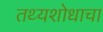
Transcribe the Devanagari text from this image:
तथ्यशोधाचा